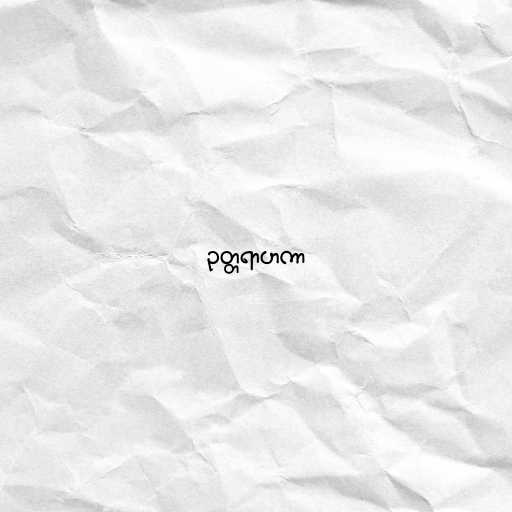
ဥတ္တရာဟကာ